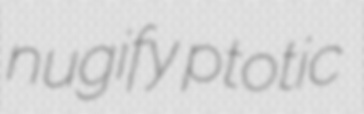
nugify ptotic